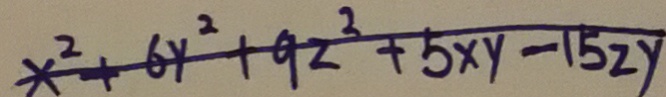
x ^ { 2 } + 6 y ^ { 2 } + 9 z ^ { 2 } + 5 x y - 1 5 z y